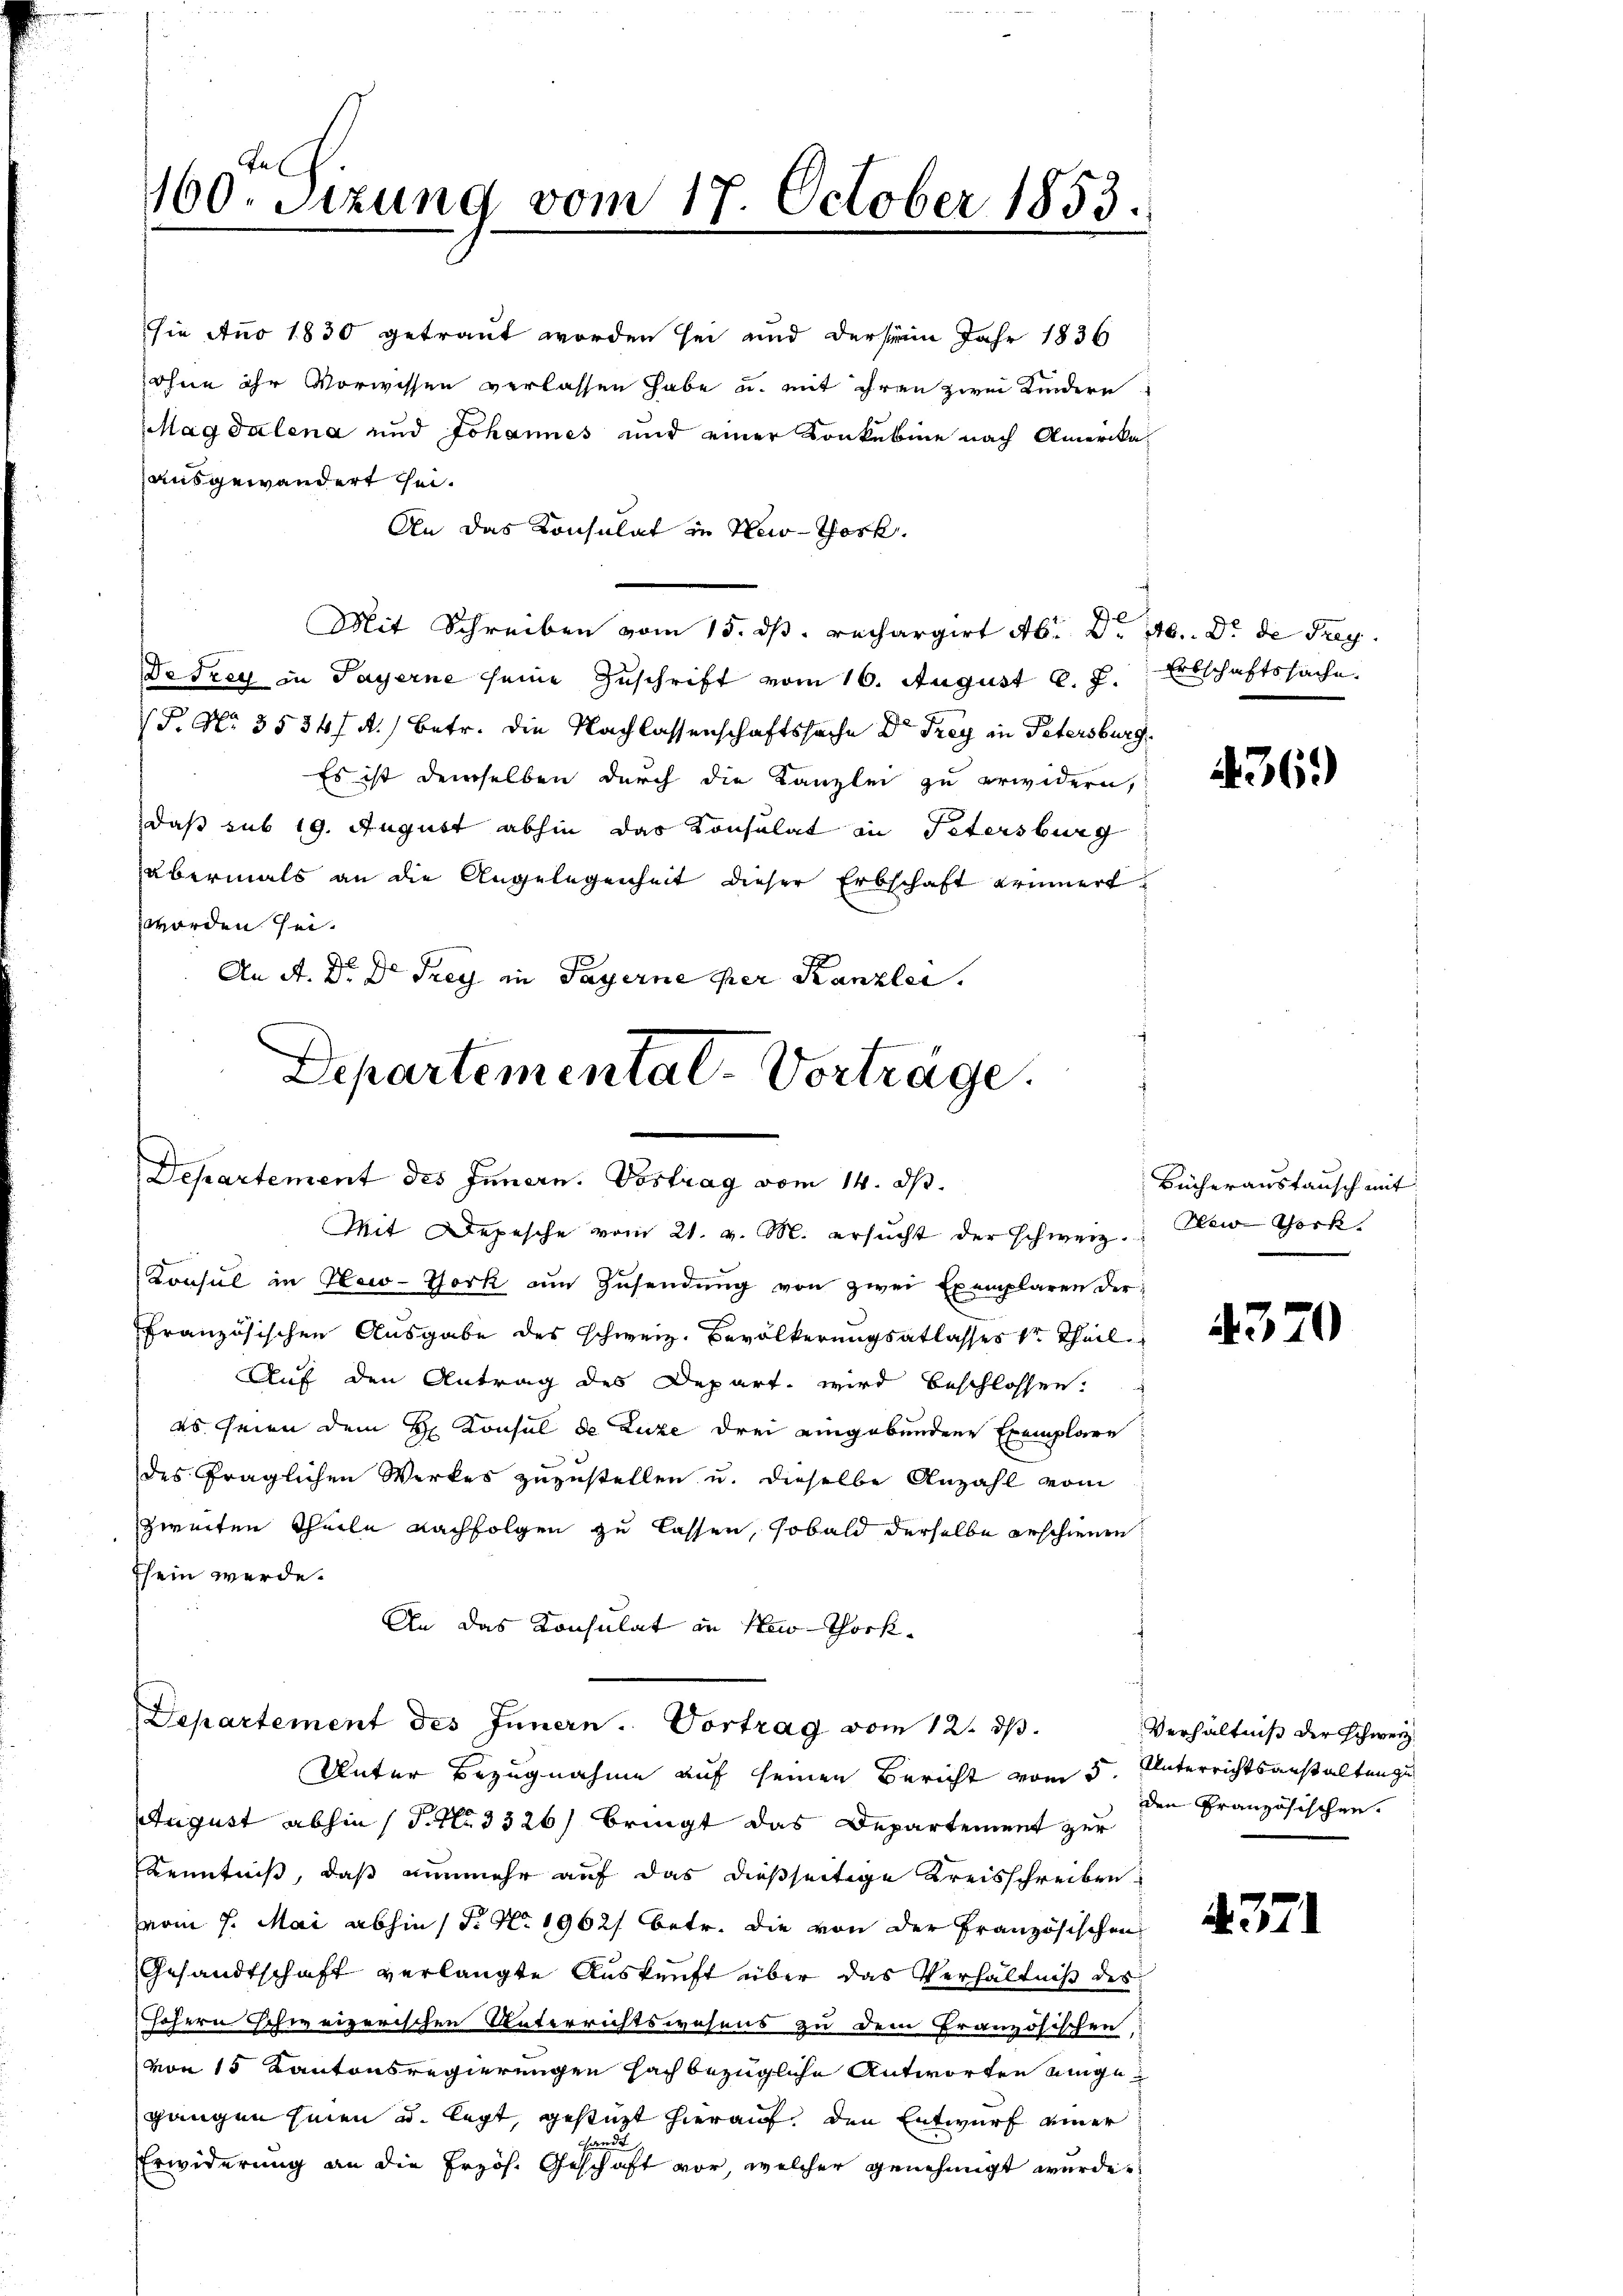
160 Sizung vom 17. October 1853.

An das Konsulat in New-York.
Mit Schreiben vom 15. ds. rechargirt Ab. d. 16. Dr. de Frey
De drey in Payerne seine Zuschrift vom 16. August l. J. Erbschaftssache
P. Nr. 3534/ A.) Betr. die Nachlassenschaftssache Dr Frey in Petersburg.
Es ist demselben durch die Kanzlei zu erwidern,
das sub 19. August abhin das Consulat in Petersburg
abermals an die Angelegenheit dieser Erbschaft erinnert
worden sei.
An A. Dr. Dr. Frey in Payerne per Kanzlei.
Departemental-Vorträge.
Departement des Innern. Vortrag vom 14. d.
Mit Depesche vom 21. v. M. ersucht der schweiz.
Konsul in New-York am Zusendung von zwei Exemplaren derfranzösischen Ausgabe des schweiz. Bevölkerungsatlasses dr Theil
Auf den Antrag des Depart. wird beschlossen.
es seien dem Hr. Konsul de Luze drei eingebundene Exemplare
des fraglichen Werkes zuzustellen u. dieselbe Anzahl vom
zweiten Theile nachfolgen zu lassen, sobald derselbe erschienen
Esein werde.
An das Konsulat in New-Thock¬

sie Ano 1830 getraut worden sei und dersein Jahr 1836
ohne ihr Vorwissen verlassen habe u. mit ihren zwei Kindere
Magdalena und Johannes und einer Konkubine nach Amerika
ausgewandert sei.

Departement des Innern. Vortrag vom 12. dβ.

Unter Bezugnahme auf seinen Bericht vom 5. Unterrichtsanstalten zu
August abhin s P. Nr. 3326) bringt das Departement zur
Kenntniß, daß nunmehr auf das dießseitige Kreisschreiben
vom 7. Mai abhin (T. No. 1962/ betr. die von der Französischen
Gesandtschaft verlangte Auskunft über das Verhältniß des
höhern schweizerischen Unterrichtswesens zu dem Französischen
von 15 Kantonsregierungen fach bezügliche Antworten eingegangen sinen u. legt, gestüzt hierauf, den Entwurf einer
Erwiderung an die Erzös. Geschaft vor, welcher genehmigt wurde.

4369

Bücheraustausch mit
New York

4320

Verhältniß der Schweiz.
den Französischen.

4371